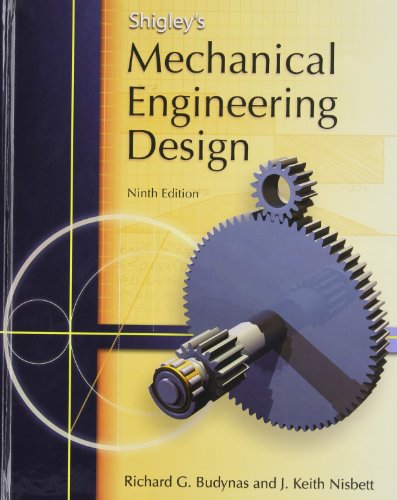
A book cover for Shigley's Mechanical Engineering Design (McGraw-Hill Series in Mechanical Engineering); Richard Budynas; Engineering & Transportation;